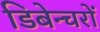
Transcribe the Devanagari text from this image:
डिबेन्‍चरों